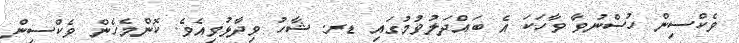
ވެކްސިން ހުސްނުވާ ވާހަކަ އެ ބައްދަލުވުމުގައި ޑރ. ޝާހު ވިދާޅުވިއެވެ. ކޮންމެހެން ވެކްސިން